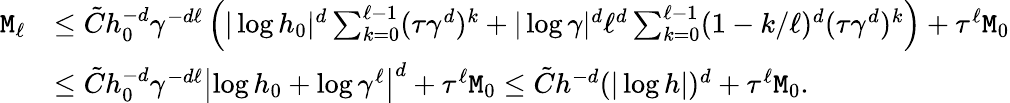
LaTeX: \begin{array}{rl}{{\tt M}_{\ell}}&{\le\tilde{C}h_{0}^{-d}\gamma^{-d\ell}\left(|\log h_{0}|^{d}\sum_{k=0}^{\ell-1}(\tau\gamma^{d})^{k}+|\log\gamma|^{d}\ell^{d}\sum_{k=0}^{\ell-1}(1-k/\ell)^{d}(\tau\gamma^{d})^{k}\right)+\tau^{\ell}{\tt M}_{0}}\\ &{\le\tilde{C}h_{0}^{-d}\gamma^{-d\ell}\left|\log h_{0}+\log\gamma^{\ell}\right|^{d}+\tau^{\ell}{\tt M}_{0}\le\tilde{C}h^{-d}(|\log h|)^{d}+\tau^{\ell}{\tt M}_{0}.}\end{array}